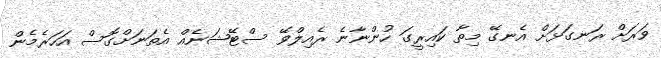
ވަރަށް ރަނގަޅަށް އެނގޭ މިތާ ކައިރީގަ ހުންނާނެ ރެއިލްވޭ ސްޓޭޝަނެއް އެތަނަށްގޮސް އަހަރެމެން